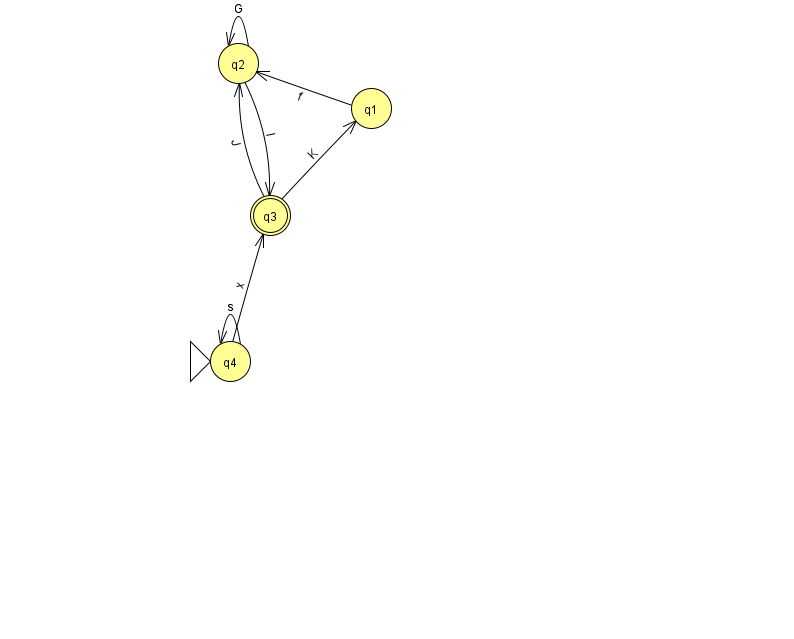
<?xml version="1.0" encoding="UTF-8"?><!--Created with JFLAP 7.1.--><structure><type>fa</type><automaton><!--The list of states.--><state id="1" name="q1"><x>371.0</x><y>95.0</y></state><state id="2" name="q2"><x>238.0</x><y>50.0</y></state><state id="3" name="q3"><x>270.0</x><y>202.0</y><final/></state><state id="4" name="q4"><x>230.0</x><y>348.0</y><initial/></state><!--The list of transitions.--><transition><from>4</from><to>3</to><read>x</read></transition><transition><from>3</from><to>2</to><read>J</read></transition><transition><from>4</from><to>4</to><read>s</read></transition><transition><from>2</from><to>3</to><read>l</read></transition><transition><from>2</from><to>2</to><read>G</read></transition><transition><from>3</from><to>1</to><read>K</read></transition><transition><from>1</from><to>2</to><read>f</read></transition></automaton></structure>